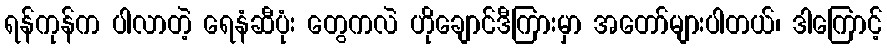
ရန်ကုန်က ပါလာတဲ့ ရေနံဆီပုံး တွေကလဲ ဟိုချောင်ဒီကြားမှာ အတော်များပါတယ်၊ ဒါကြောင့်